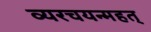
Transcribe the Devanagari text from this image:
व्यरचयन्महत्